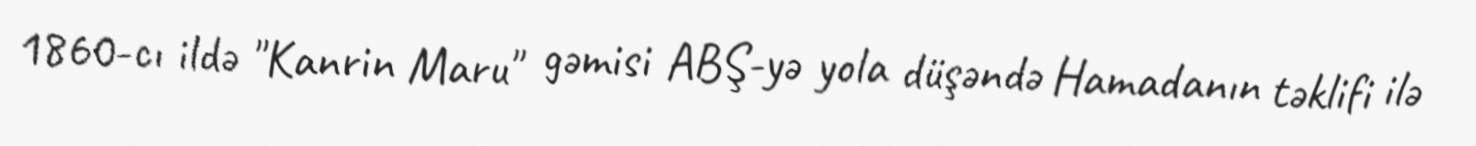
1860-cı ildə "Kanrin Maru" gəmisi ABŞ-yə yola düşəndə Hamadanın təklifi ilə